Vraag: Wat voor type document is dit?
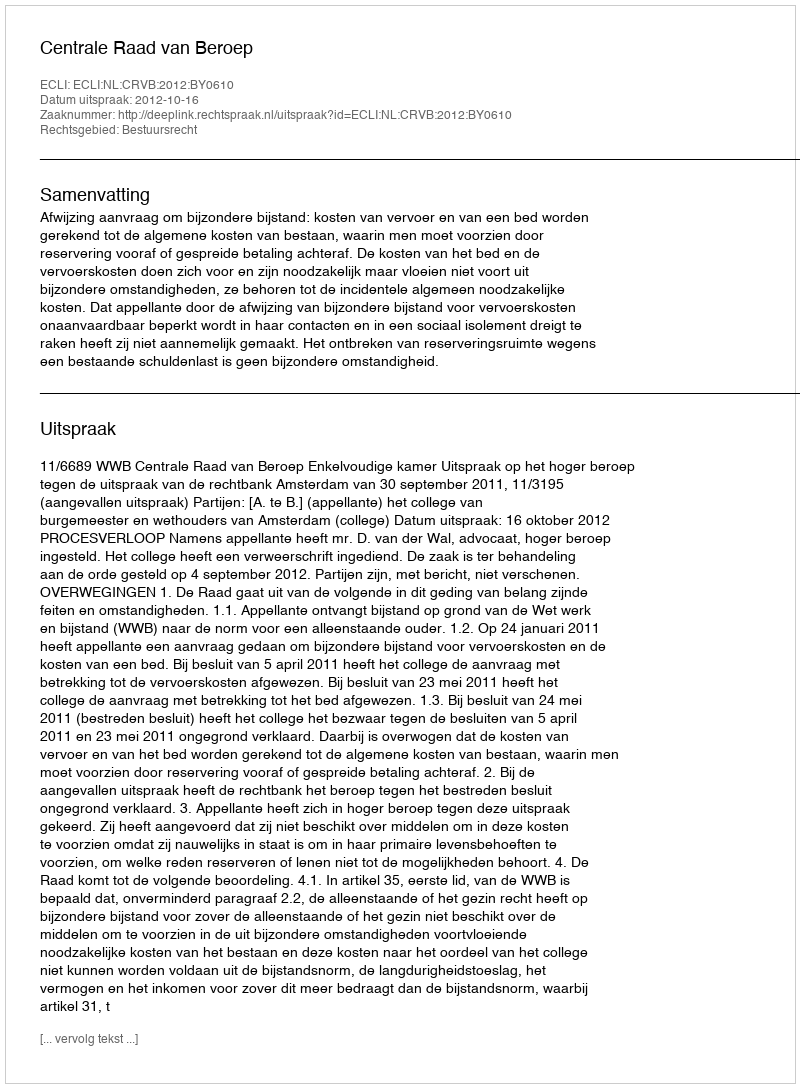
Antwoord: Uitspraak